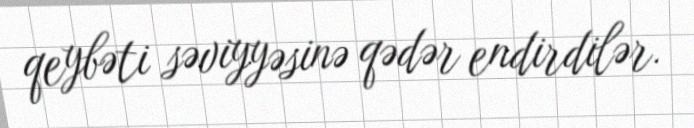
qeybəti səviyyəsinə qədər endirdilər.